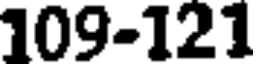
109-121